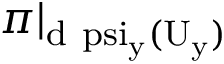
\pi | _ { \mathrm { d \ p s i _ { y } ( U _ { y } ) } }